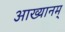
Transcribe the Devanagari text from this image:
आख्यानम्